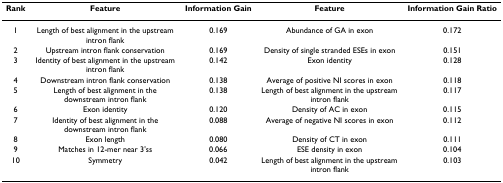
| Rank | Feature | Information Gain | Feature | Information Gain Ratio |
 | --- | --- | --- | --- | --- |
 | 1 | Length of best alignment in the upstream intron flank | 0.169 | Abundance of GA in exon | 0.172 |
 | 2 | Upstream intron flank conservation | 0.169 | Density of single stranded ESEs in exon | 0.151 |
 | 3 | Identity of best alignment in the upstream intron flank | 0.142 | Exon identity | 0.128 |
 | 4 | Downstream intron flank conservation | 0.138 | Average of positive NI scores in exon | 0.118 |
 | 5 | Length of best alignment in the downstream intron flank | 0.138 | Length of best alignment in the upstream intron flank | 0.117 |
 | 6 | Exon identity | 0.120 | Density of AC in exon | 0.115 |
 | 7 | Identity of best alignment in the downstream intron flank | 0.088 | Average of negative NI scores in exon | 0.112 |
 | 8 | Exon length | 0.080 | Density of CT in exon | 0.111 |
 | 9 | Matches in 12-mer near 3'ss | 0.066 | ESE density in exon | 0.104 |
 | 10 | Symmetry | 0.042 | Length of best alignment in the upstream intron flank | 0.103 |